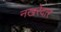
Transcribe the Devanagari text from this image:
नखरेदार